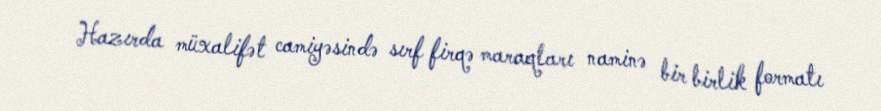
Hazırda müxalifət camiyəsində sırf firqə maraqları naminə bir birlik formatı